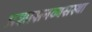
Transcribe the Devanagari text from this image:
प्रशासनव्यसस्था